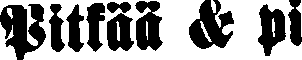
Pitkää & pi